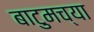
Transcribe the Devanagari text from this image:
बाटुमच्या